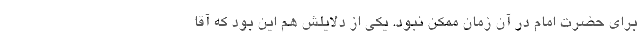
برای حضرت امام در آن زمان ممکن نبود. یکی از دلایلش هم این بود که آقا